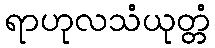
ရာဟုလသံယုတ္တံ